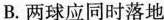
B.两球应同时落地